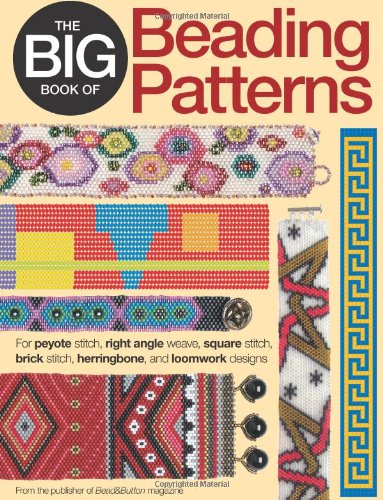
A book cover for The Big Book of Beading Patterns: For Peyote Stitch, Square Stitch, Brick Stitch, and Loomwork Designs; Crafts, Hobbies & Home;